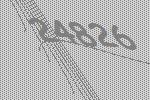
24826